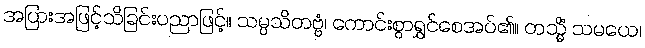
အပြားအဖြင့်သိခြင်းပညာဖြင့်။ သမ္ပသိတဗ္ဗံ၊ ကောင်းစွာရွှင်စေအပ်၏။ တသ္မိံ သမယေ၊